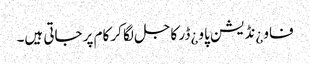
فاو ¿نڈیشن پاو ¿ڈر کاجل لگا کر کام پر جاتی ہیں۔